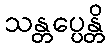
သန္တပ္ပေန္တိ